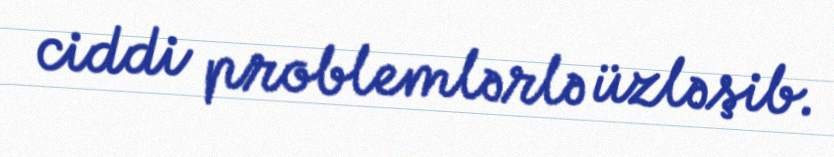
ciddi problemlərlə üzləşib.